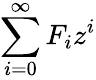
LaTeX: \sum_{i=0}^{\infty}F_{i}z^{i}